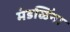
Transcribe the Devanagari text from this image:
मंडळिंना